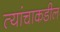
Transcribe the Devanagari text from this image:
त्यांचाकडील